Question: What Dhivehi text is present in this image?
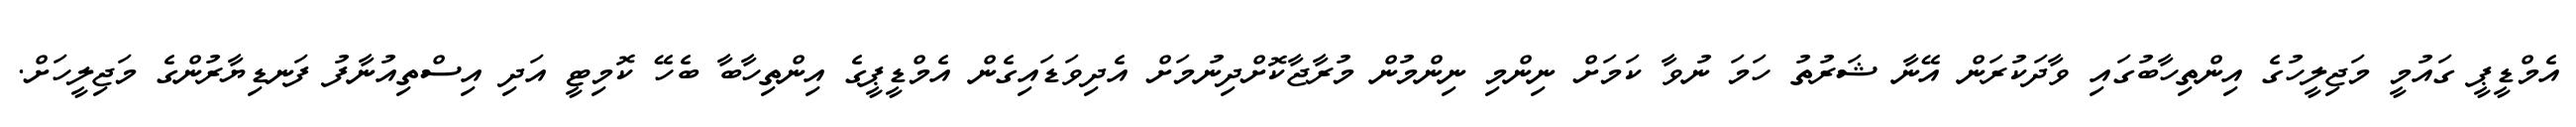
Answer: އެމްޑީޕީ ގައުމީ މަޖިލީހުގެ އިންތިހާބުގައި ވާދަކުރަން އޭނާ ޝަރުތު ހަމަ ނުވާ ކަމަށް ނިންމި ނިންމުން މުރާޖާކޮށްދިނުމަށް އެދިވަޑައިގެން އެމްޑީޕީގެ އިންތިހާބާ ބެހޭ ކޮމިޓީ އަދި އިސްތިއުނާފު ފަނޑިޔާރުންގެ މަޖިލީހަށް.